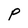
Character: P